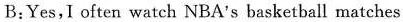
B:Yes,I often watch NBA's basketball matches